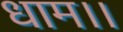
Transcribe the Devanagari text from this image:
धाम।।